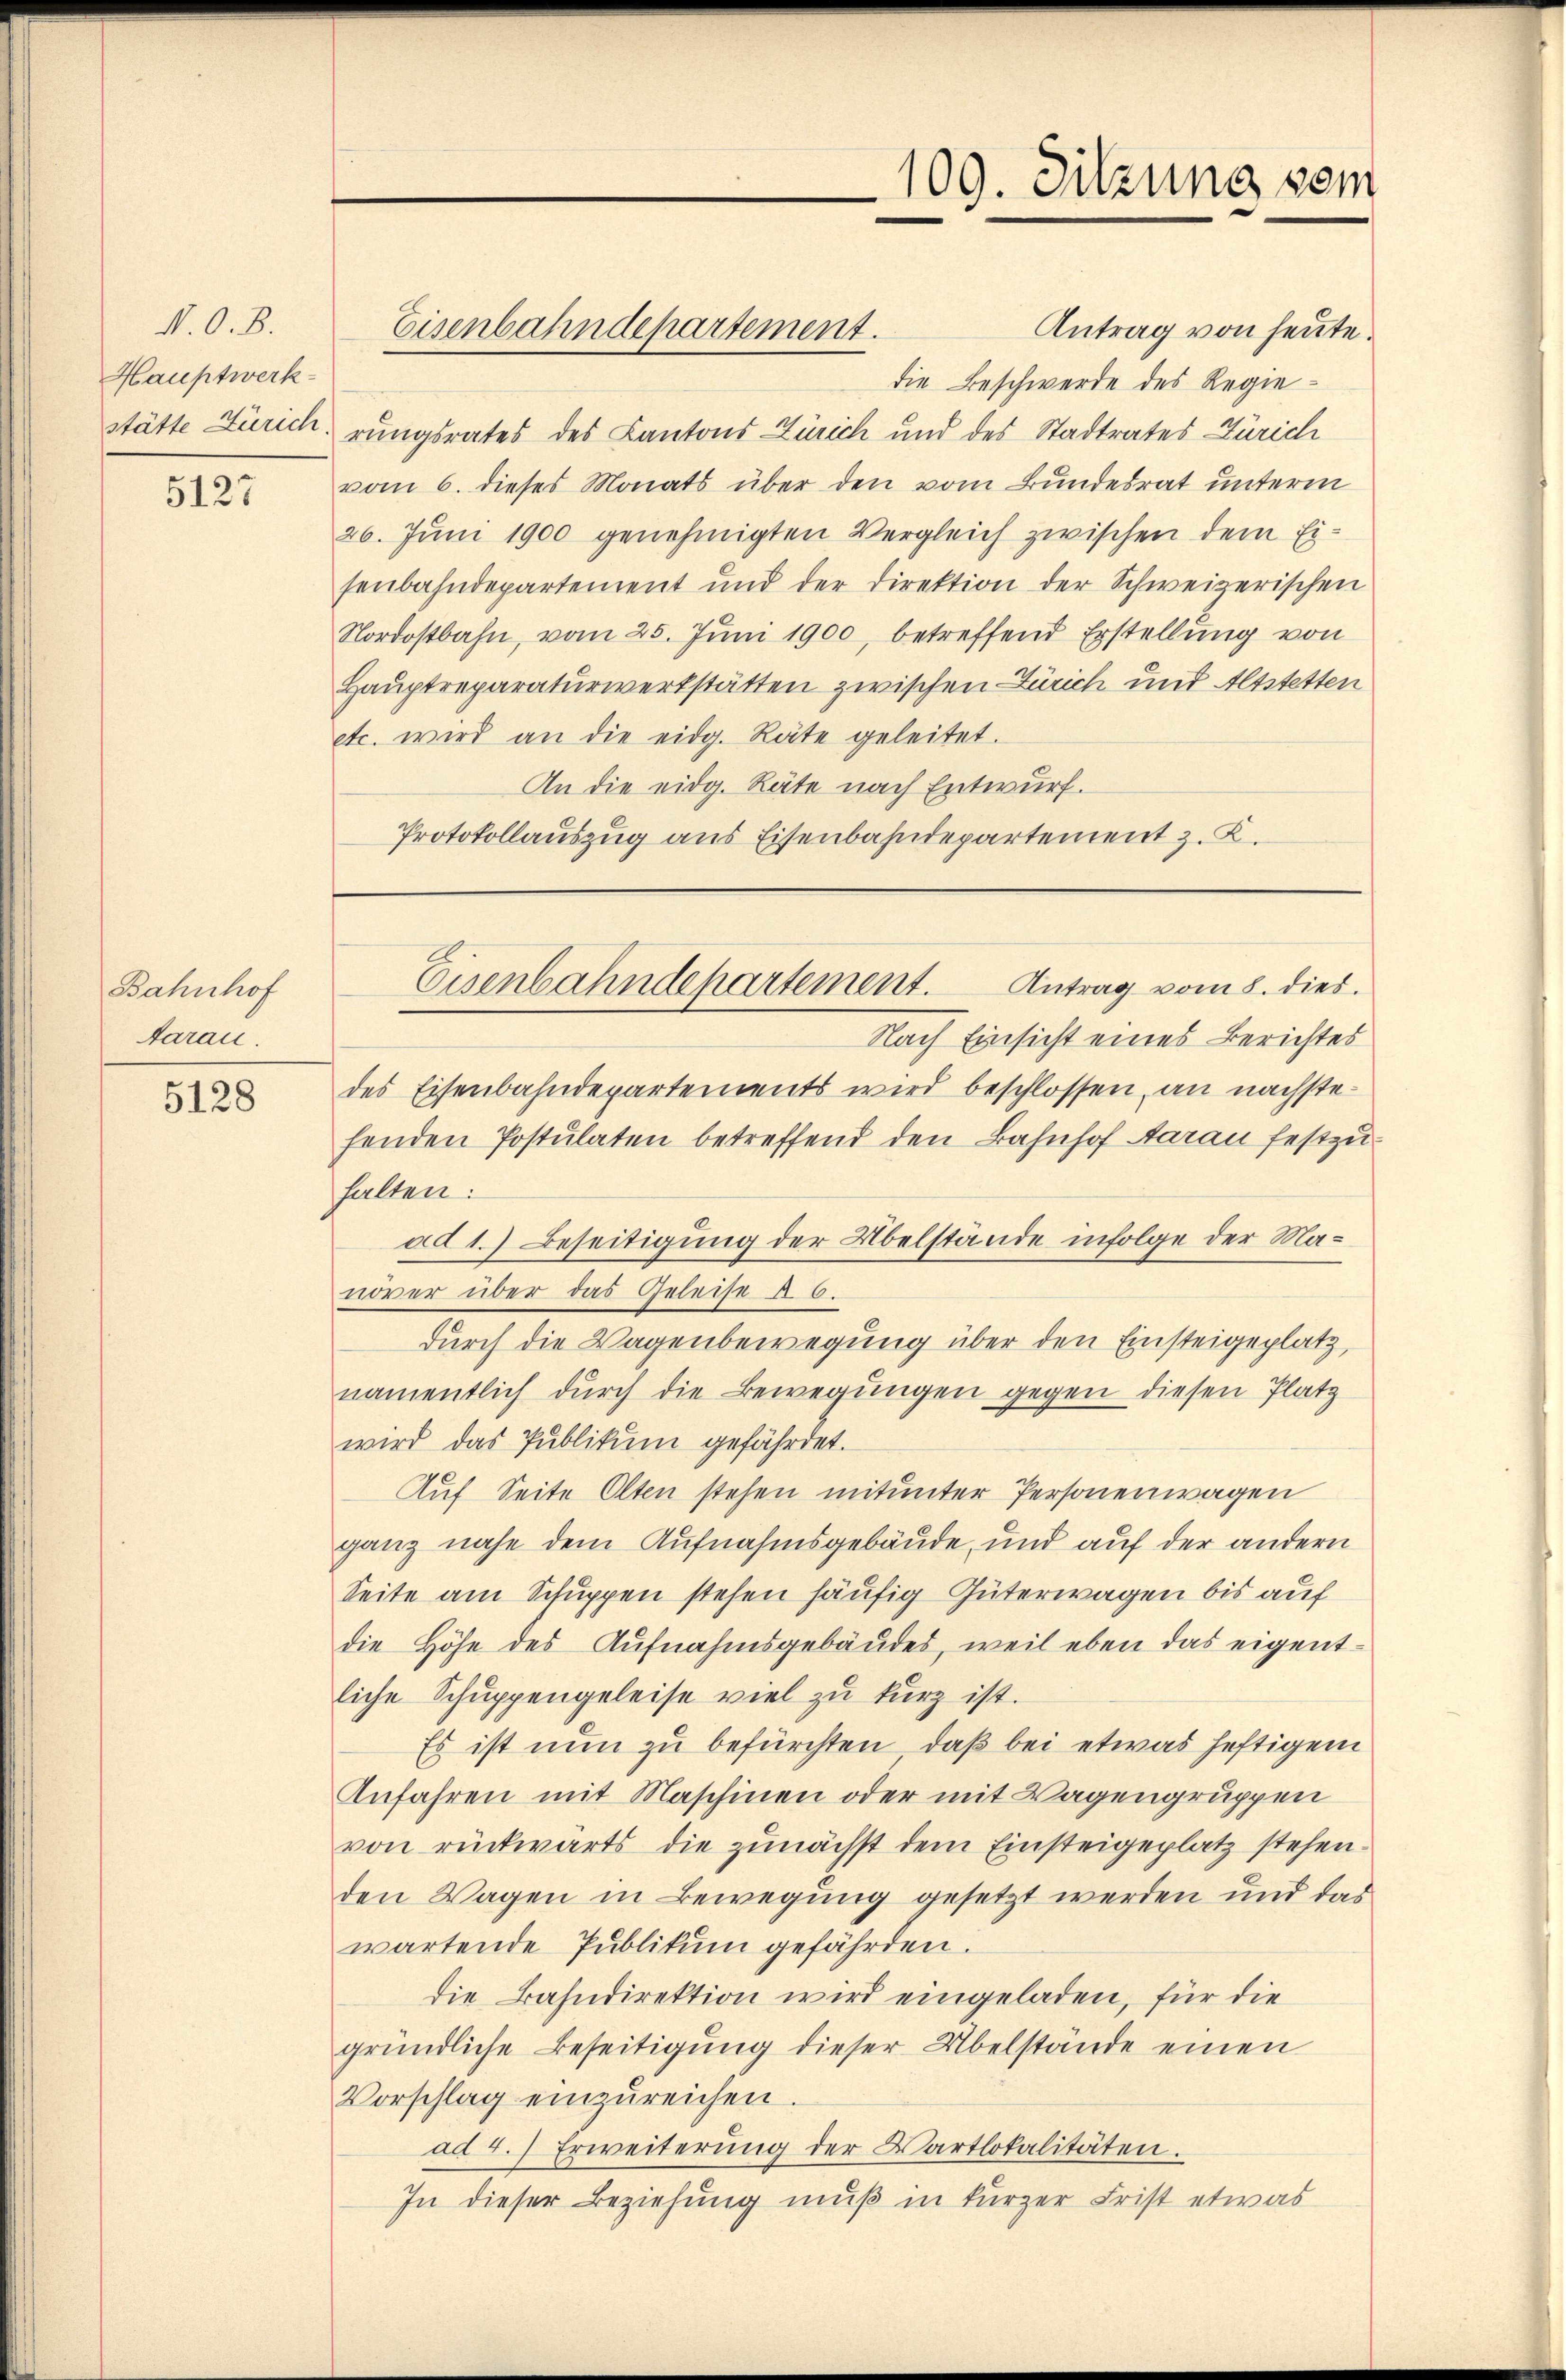
N. O. B.
Hauptwerk-
stätte Zürich.

5127

Bahnhof
Aarau

5128

Eisenbahndepartement.

109. Sitzung vom

Antrag von heute.
die Beschwerde des Regierungsrates des Cantons Zürich und des Stadtrates Zürich
vom 6. dieses Monats über den vom Bundesrat unterm
26. Juni 1900 genehmigten Vergleich zwischen dem Eisenbahndepartement und der Direktion der Schweizerischen
Nordostbahn, vom 25. Juni 1900, betreffend Erstellung von
Hauptreparaturwerkstätten zwischen Zürich mit Altstetten
etc. wird an die eidg. Räte geleitet.
An die eidg. Räte nach Entwurf.
Protokollauszug aus Eisenbahndepartement z. K.

Eisenbahndepartement. Antrag vom 8. dies

Nach Einsicht eines Berichtes
des Eisenbahndepartements wird beschlossen, an nächstefenden Postulaten betreffend den Bahnhof Aarau festzu-
halten:
ad 1.) Beseitigung der Übelstände infolge der Manover über das Geleise §. 6.
durch die Wagenbewegung über den Einsteigeplatz,
namentlich dŭrch die Bewegungen gegen diesen Platz
wird das Publikum gefährdet.
Auf Seite Olten stehen mitunter Personenwagen
ganz nahe dem Aufnahmsgebäude, und auf der andern
Seite am Schuppen stehen häufig Güterwagen bis auf
die Höhe des Aufnahmsgebäudes, weil eben das eigentliche Schŭppengeleise viel zŭ kurz ist.
Es ist nun zu befürchten, daß bei etwas heftigem
Anfahren mit Maschinen oder mit Wagengruppen
von rückwärts die zunächst dem Einsteigeplatz stehenden Wagen in Bewegung gesetzt werden und das
wartende Publikum gefährden.
die Bahndirektion wird eingeladen, für die
gründliche Beseitigung dieser Übelstände einen
Vorschlag einzŭreichen.
ad 4.) Erweiterŭng der Vartlokalitäten.
In dieser Beziehung muß in kurzer Frist etwas